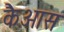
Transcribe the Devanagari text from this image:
कैआस